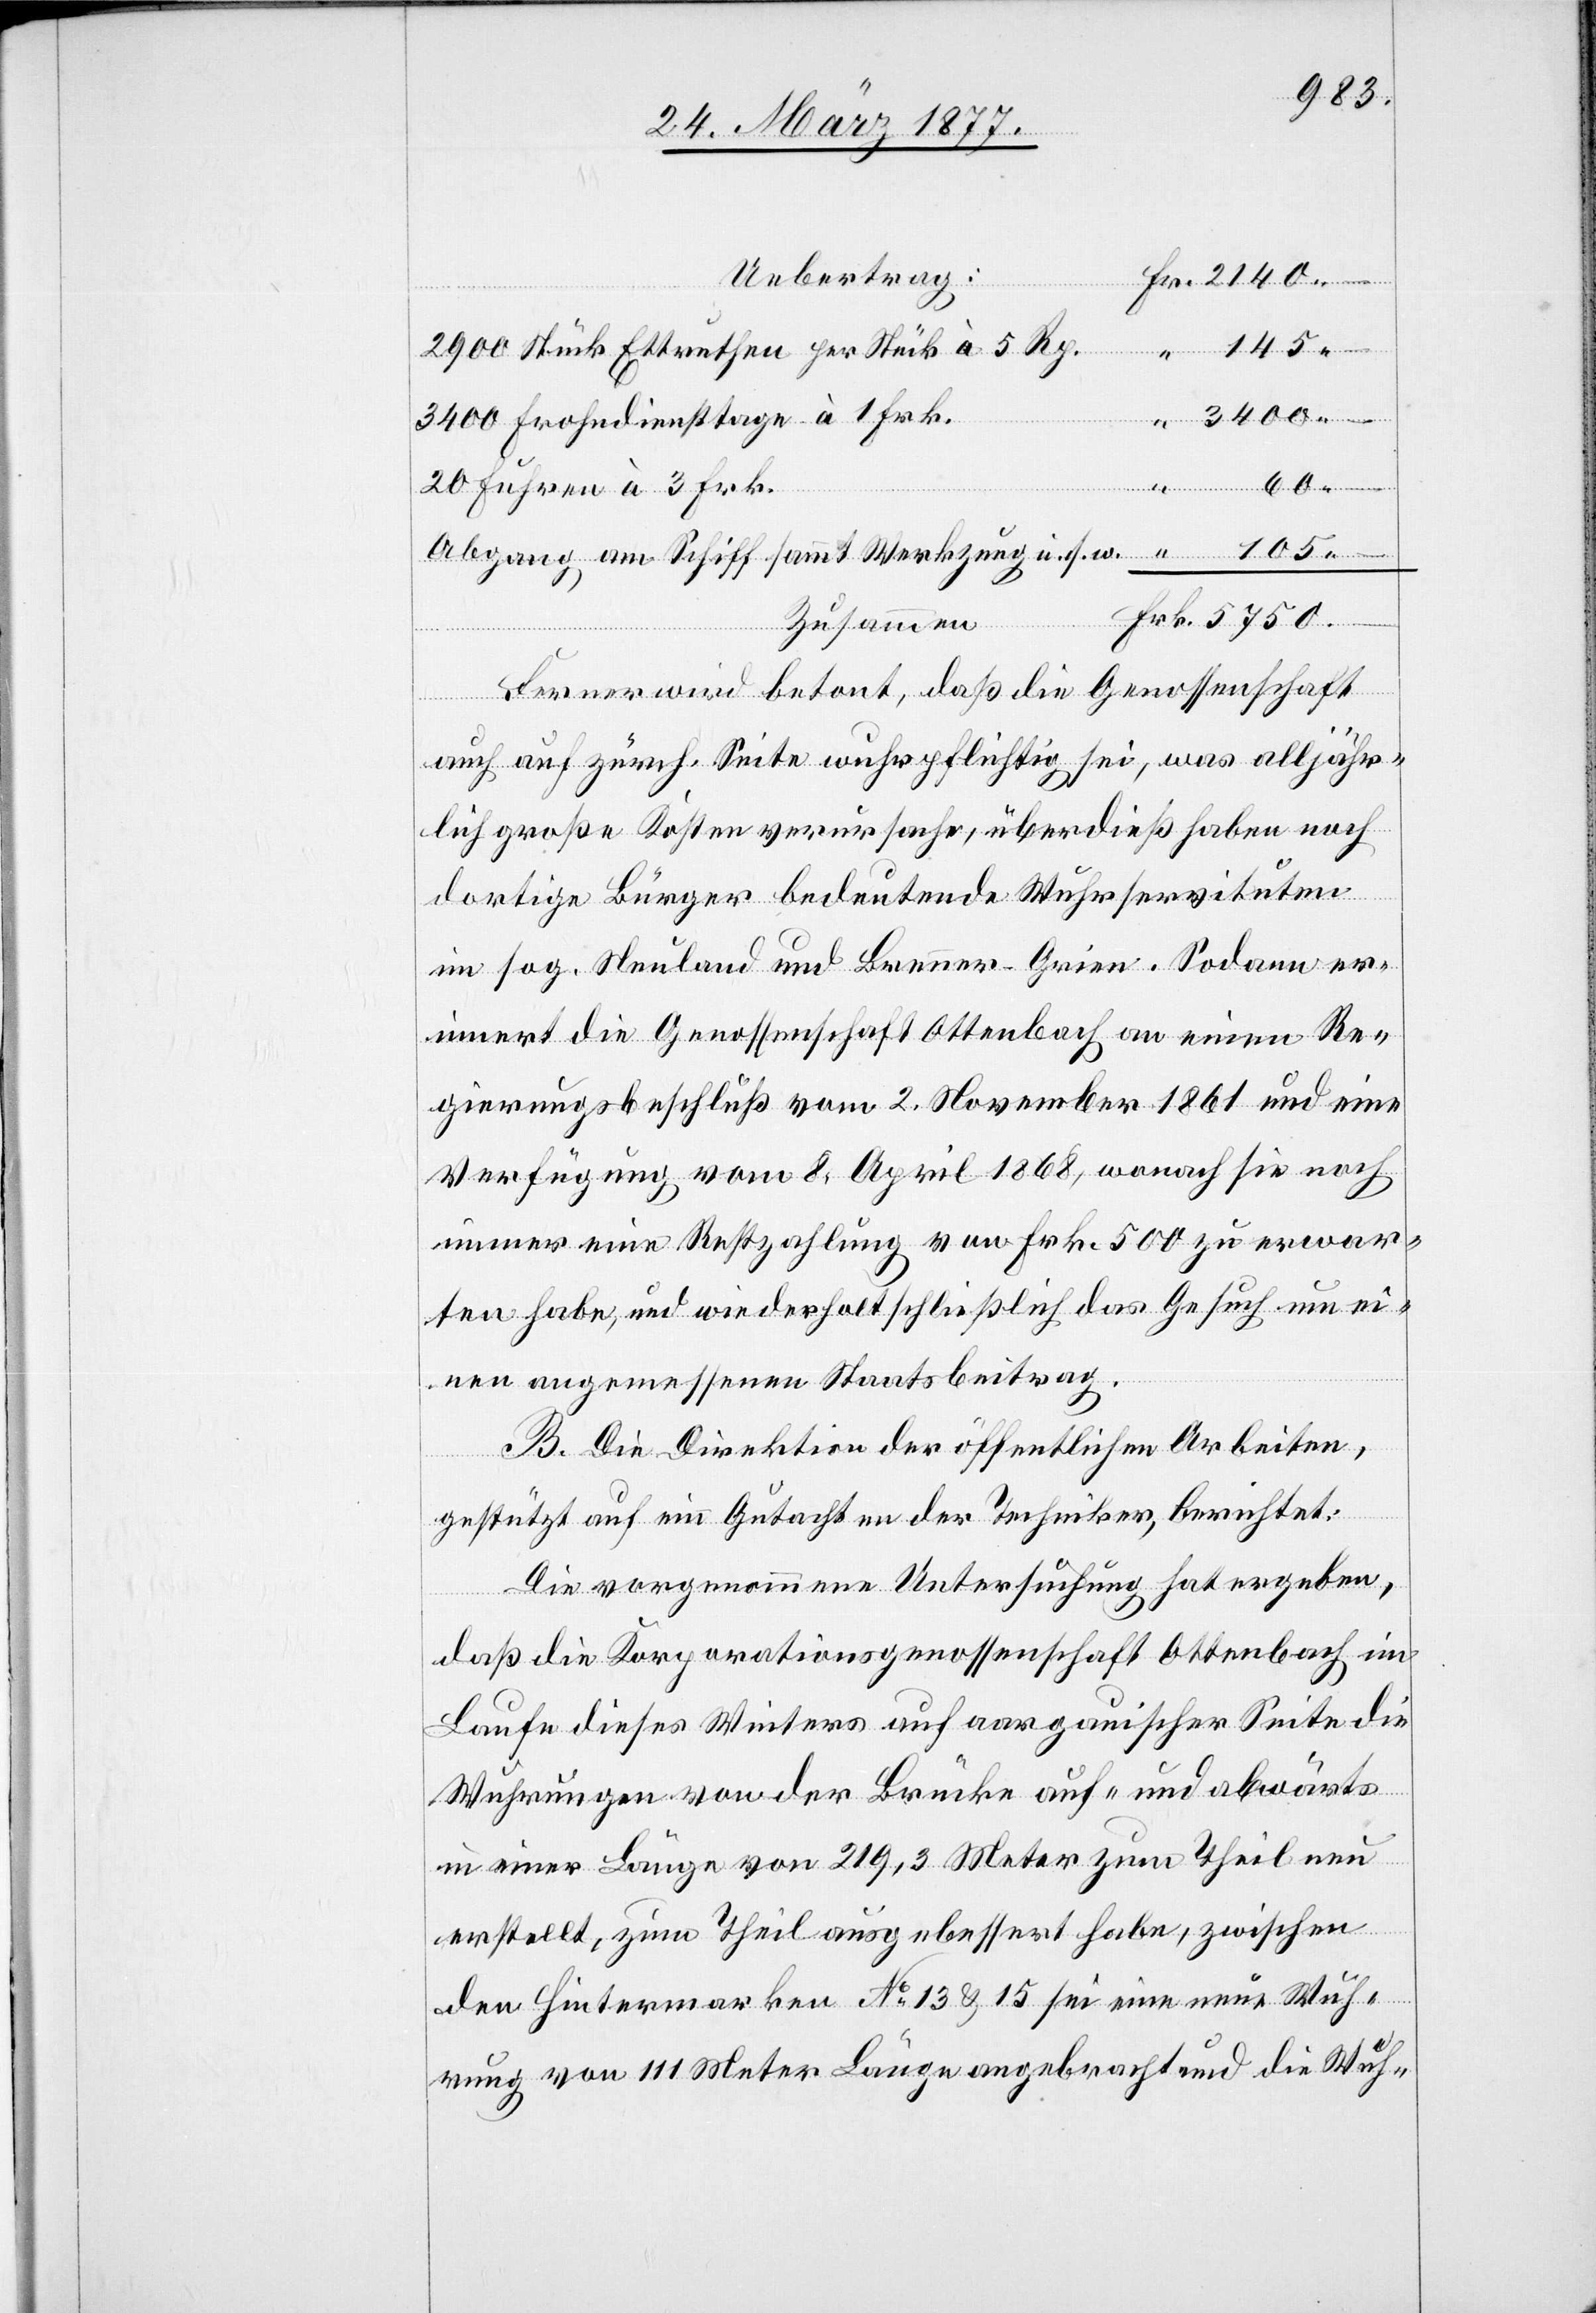
105
Uebertrag:
2900 Stück Ettruthen per Stück à 5 Rp.
3400 –
3400 Frohndiensttage à 1 Frk.
20 Fuhren à 3 Frk.
Abgang am Schiff sammt Werkzeug u. s. w.
–
Zusammen
Ferner wird betont, daß die Genossenschaft
Frk.
“
auch auf zürch. Seite wuhrpflichtig sei, was alljähr¬
lich große Kosten verursache, überdieß haben noch
dortige Bürger bedeutende Wuhrservituten
im sog. Neuland und Brenner-Grien. Sodann er¬
innert die Genossenschaft Ottenbach an einen Re¬
gierungsbeschluß vom 2. November 1861 und eine
Verfügung vom 8. April 1868, wonach sie noch
immer eine Restzahlung von Frk. 500 zu erwar¬
ten habe, und wiederholt schließlich das Gesuch um ei¬
nen angemessenen Staatsbeitrag.
B. Die Direktion der öffentlichen Arbeiten,
60
gestützt auf ein Gutachten der Techniker, berichtet:
Die vorgenommene Untersuchung hat ergeben,
daß die Korporationsgenossenschaft Ottenbach im
Laufe dieses Winters auf aargauischer Seite die
Wuhrungen von der Brücke auf- und abwärts
in einer Länge von 219,3 Meter zum Theil neu
erstellt, zum Theil ausgebessert habe, zwischen
den Hintermarken No 13 & 15 sei eine neue Wuh¬
rung von 111 Meter Länge angebracht und die Wuh-